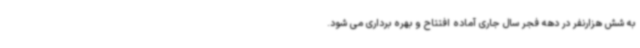
به شش هزارنفر در دهه فجر سال جاری آماده افتتاح و بهره برداری می شود.